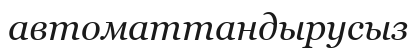
автоматтандырусыз